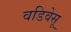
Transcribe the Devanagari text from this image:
वडिवेसू